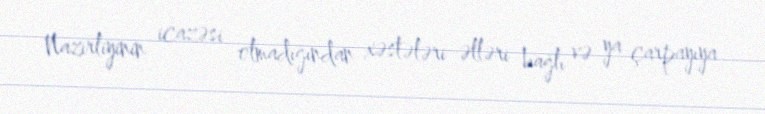
Nazirliyinin icazəsi olmadığından xəstələri əlləri bağlı və ya çarpayıya